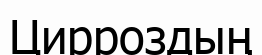
Цирроздың